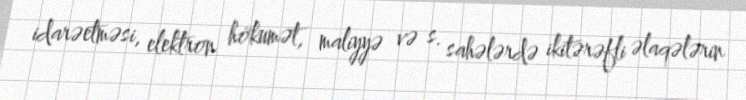
idarəetməsi, elektron hökumət, maliyyə və s. sahələrdə ikitərəfli əlaqələrin